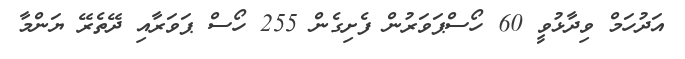
އަދުހަމް ވިދާޅުވީ 60 ހޯސްޕަވަރުން ފެށިގެން 255 ހޯސް ޕަވަރާއި ދޭތެރޭ ޔަންމާ